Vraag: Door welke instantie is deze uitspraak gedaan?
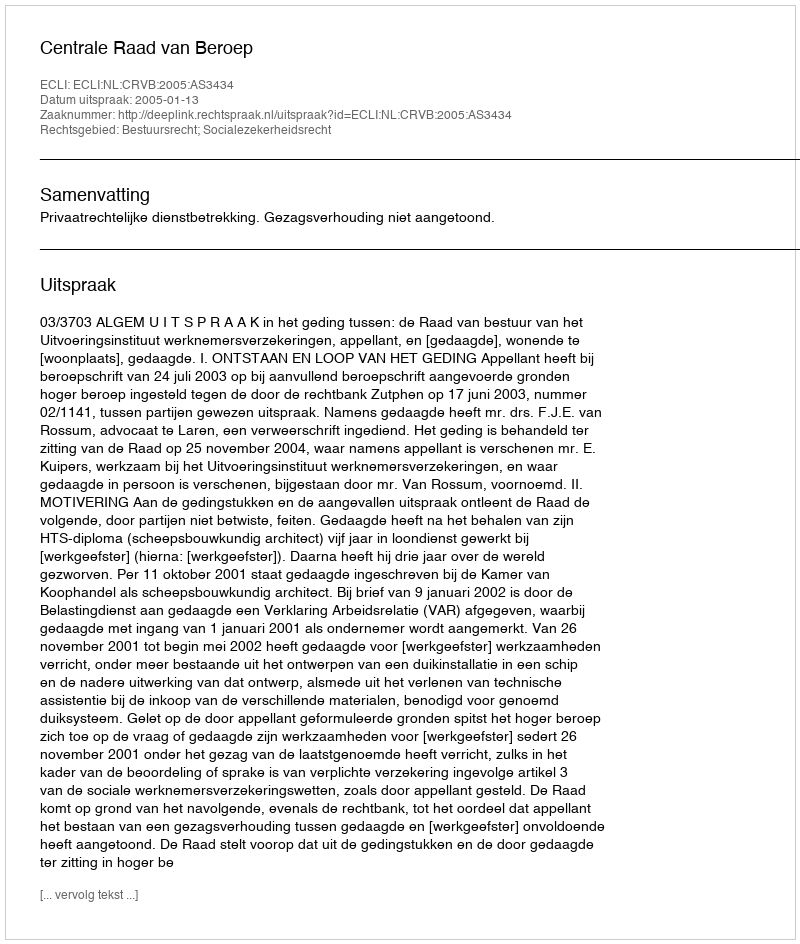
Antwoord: Centrale Raad van Beroep